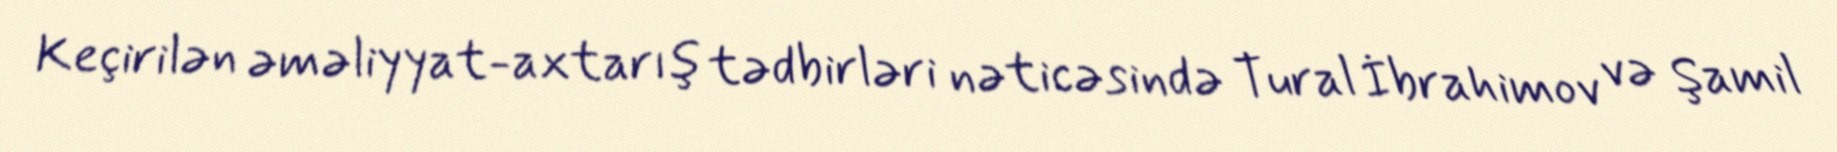
Keçirilən əməliyyat-axtarış tədbirləri nəticəsində Tural İbrahimov və Şamil